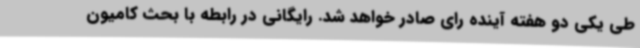
طی یکی دو هفته آینده رای صادر خواهد شد. رایگانی در رابطه با بحث کامیون